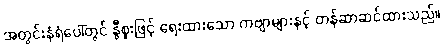
အတွင်းနံရံပေါ်တွင် နွီစူးဖြင့် ရေးထားသော ကဗျာများနှင့် တန်ဆာဆင်ထားသည်။